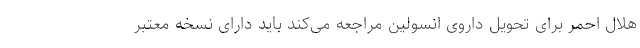
هلال احمر برای تحویل داروی انسولین مراجعه می‌کند باید دارای نسخه معتبر